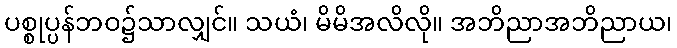
ပစ္စုပ္ပန်ဘဝ၌သာလျှင်။ သယံ၊ မိမိအလိလို။ အဘိညာအဘိညာယ၊